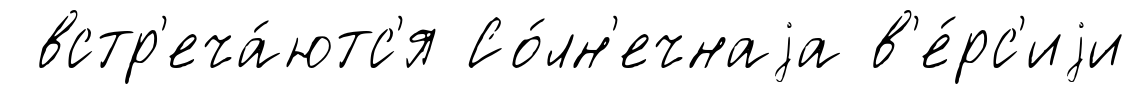
встр'еча́ютс'я Со́лн'ечнаjа в'е́рс'иjи